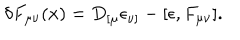
LaTeX: \delta F _ { \mu \nu } ( x ) = D _ { [ \mu } \epsilon _ { \nu ] } - [ \epsilon , F _ { \mu \nu } ] .